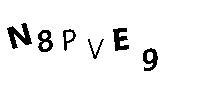
N8PVE9